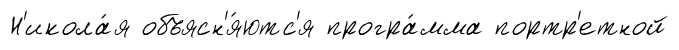
Н'икола́я объясн'я́ютс'я програ́мма портр'етной